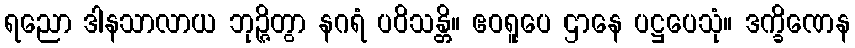
ရညော ဒါနသာလာယ ဘုဉ္ဇိတွာ နဂရံ ပဝိသန္တိ။ ဧဝရူပေ ဌာနေ ပဋ္ဌပေသုံ။ ဒက္ခိဏေန